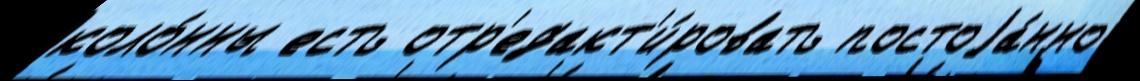
коло́нны есть отр'едакт'и́ровать постоjа́нно